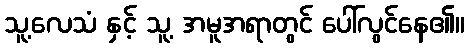
သူ့လေသံ နှင့် သူ့ အမူအရာတွင် ပေါ်လွင်နေ၏။